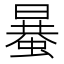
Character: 𧏒